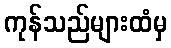
ကုန်သည်များထံမှ